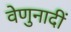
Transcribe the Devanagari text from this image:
वेणुनादीं